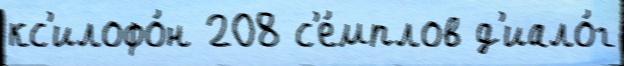
кс'илофо́н 208 с'е́мплов д'иало́г